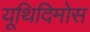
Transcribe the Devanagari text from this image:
यूथिदिमोस